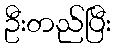
ဦးတည်ပြီး